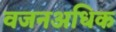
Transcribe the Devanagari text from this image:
वजनअधिक